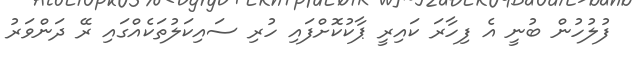
ފުލުހުން ބުނީ އެ ފިހާރަ ކަައިރީ ޕާކުކޮށްފައި ހުރި ސައިކަލުތަކެއްގައި ރޭ ދަންވަރު